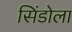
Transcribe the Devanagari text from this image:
सिंडोला